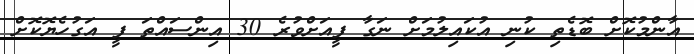
އާންމުކޮށް ބޮޑެތި ކުނި އުކައިލުމަށް ނަގާ ފީއަށްވުރެ 30 އިންސައްތަ ފީ އަގުހެޔޮކޮށް